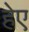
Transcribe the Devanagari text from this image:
हेए